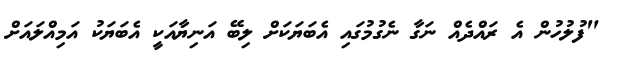
"ފުލުހުން އެ ރައްދެއް ނަގާ ނެގުމުގައި އެބަޔަކަށް ލިބޭ އަނިޔާއަކީ އެބަޔަކު އަމިއްލައަށް